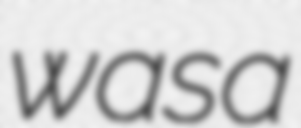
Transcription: was a